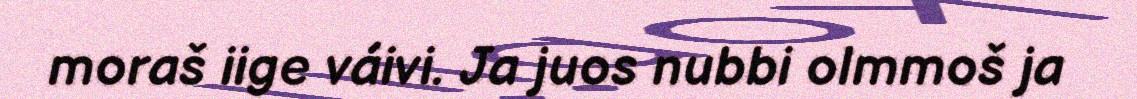
moraš iige váivi. Ja juos nubbi olmmoš ja